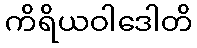
ကိရိယဝါဒေါတိ